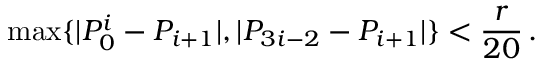
\operatorname* { m a x } \{ | P _ { 0 } ^ { i } - P _ { i + 1 } | , | P _ { 3 i - 2 } - P _ { i + 1 } | \} < \frac { r } { 2 0 } \, .